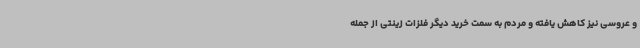
و عروسی نیز کاهش یافته و مردم به سمت خرید دیگر فلزات زینتی از جمله